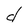
Character: d